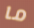
ما